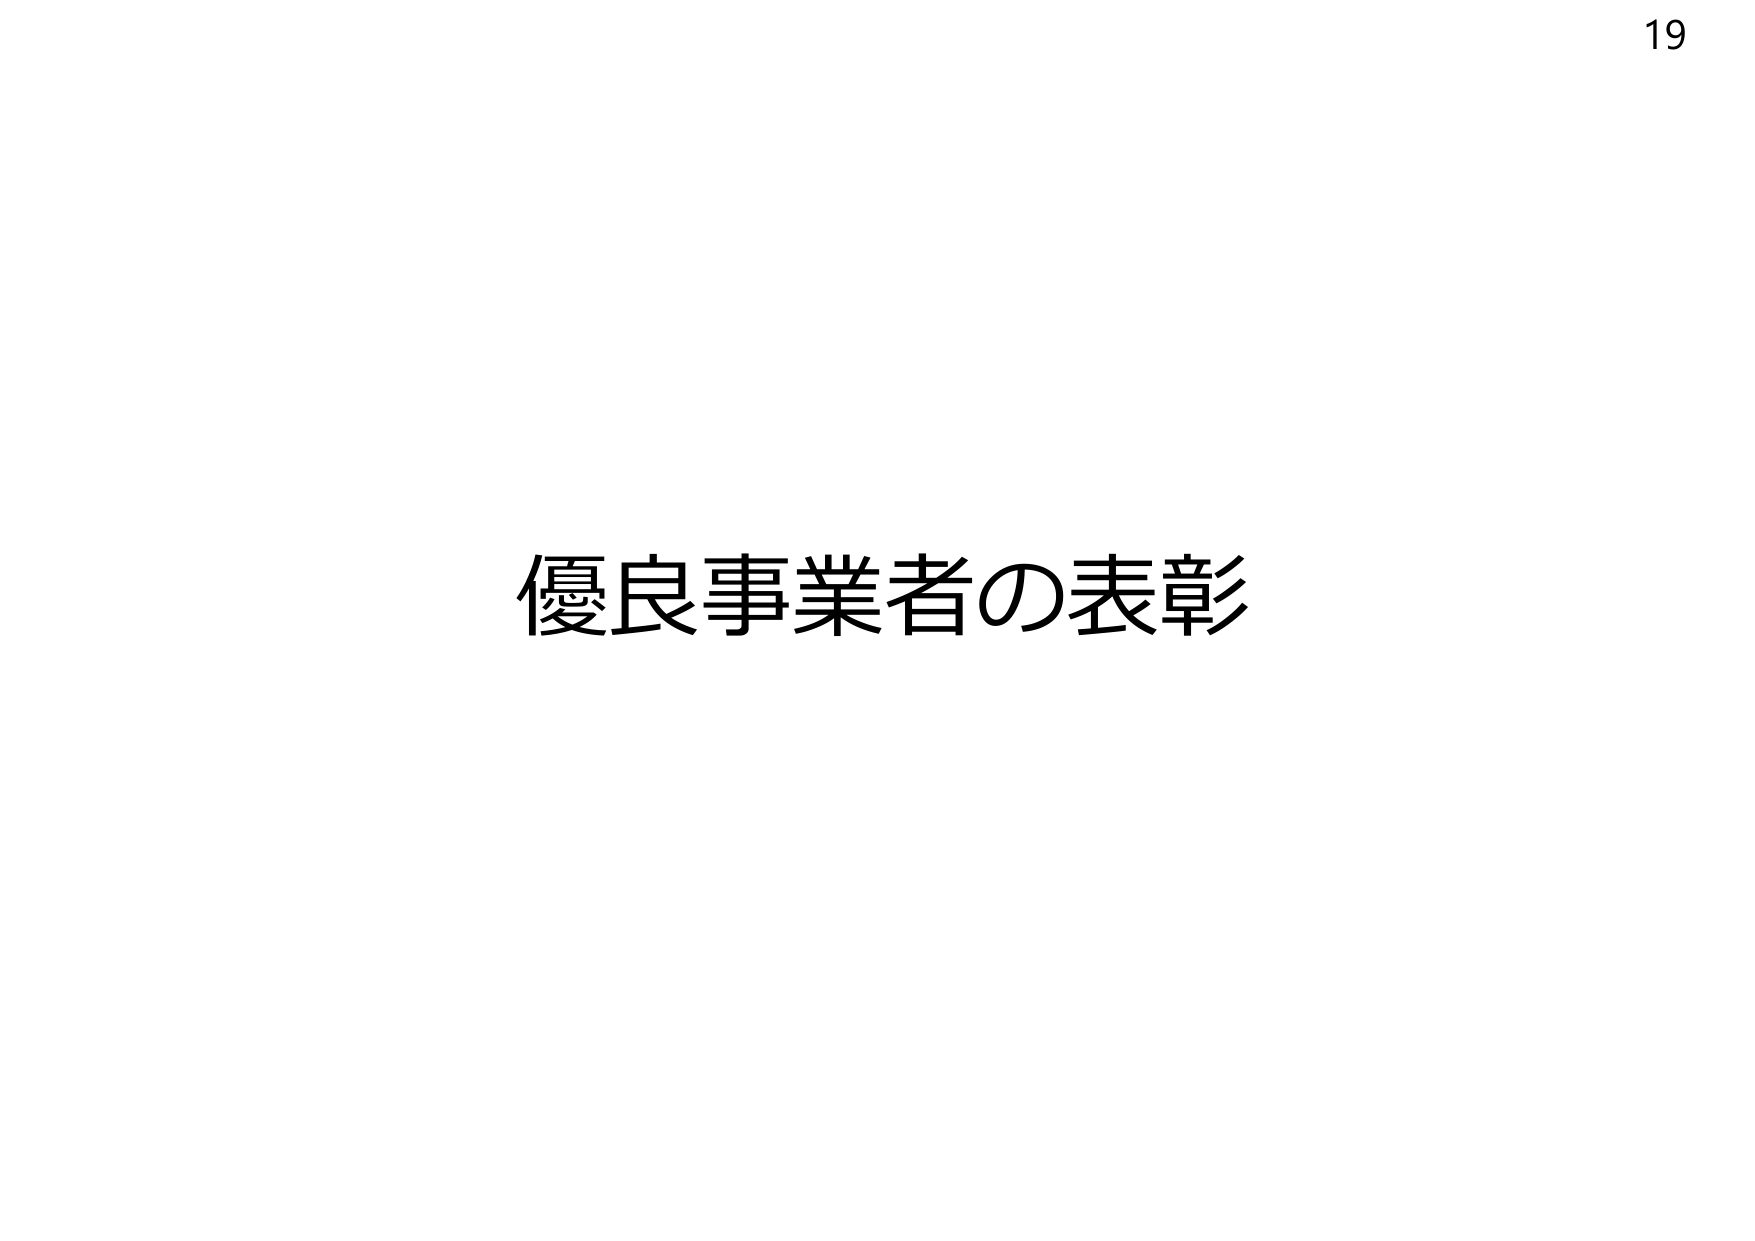
19
優良事業者の表彰